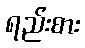
ရည်းစား